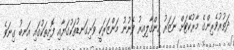
ދަތުރުވެރިންގެ މާރުކޭޓަށް ނަޒަރު ހިންގާލިއިރު ފެނުނު މަންޒަރަކީ ވަށިގަނޑުތަކުގަޔާއި ފޮށިތަކުގައި އަނބު ގިނަވެ